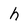
Character: h